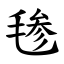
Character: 毶